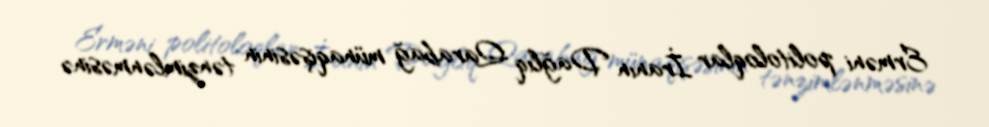
Erməni politoloqlar İranın Dağlıq Qarabağ münaqişəsinin tənzimlənməsinə